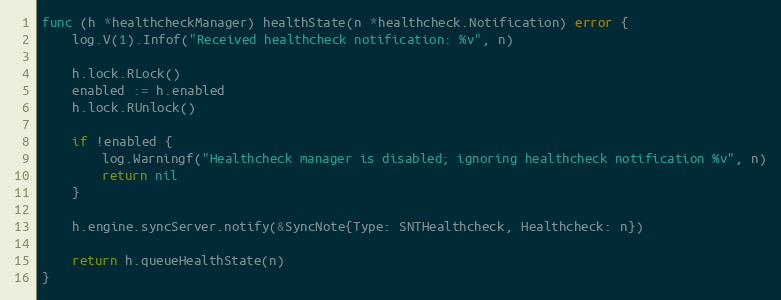
Language: Go
func (h *healthcheckManager) healthState(n *healthcheck.Notification) error {
	log.V(1).Infof("Received healthcheck notification: %v", n)

	h.lock.RLock()
	enabled := h.enabled
	h.lock.RUnlock()

	if !enabled {
		log.Warningf("Healthcheck manager is disabled; ignoring healthcheck notification %v", n)
		return nil
	}

	h.engine.syncServer.notify(&SyncNote{Type: SNTHealthcheck, Healthcheck: n})

	return h.queueHealthState(n)
}